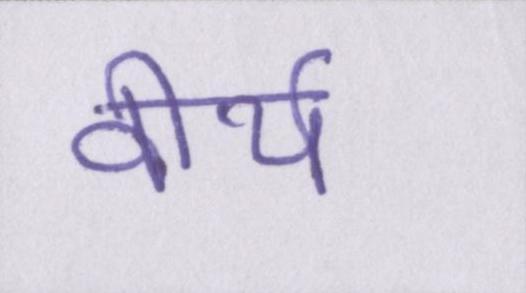
वीर्य